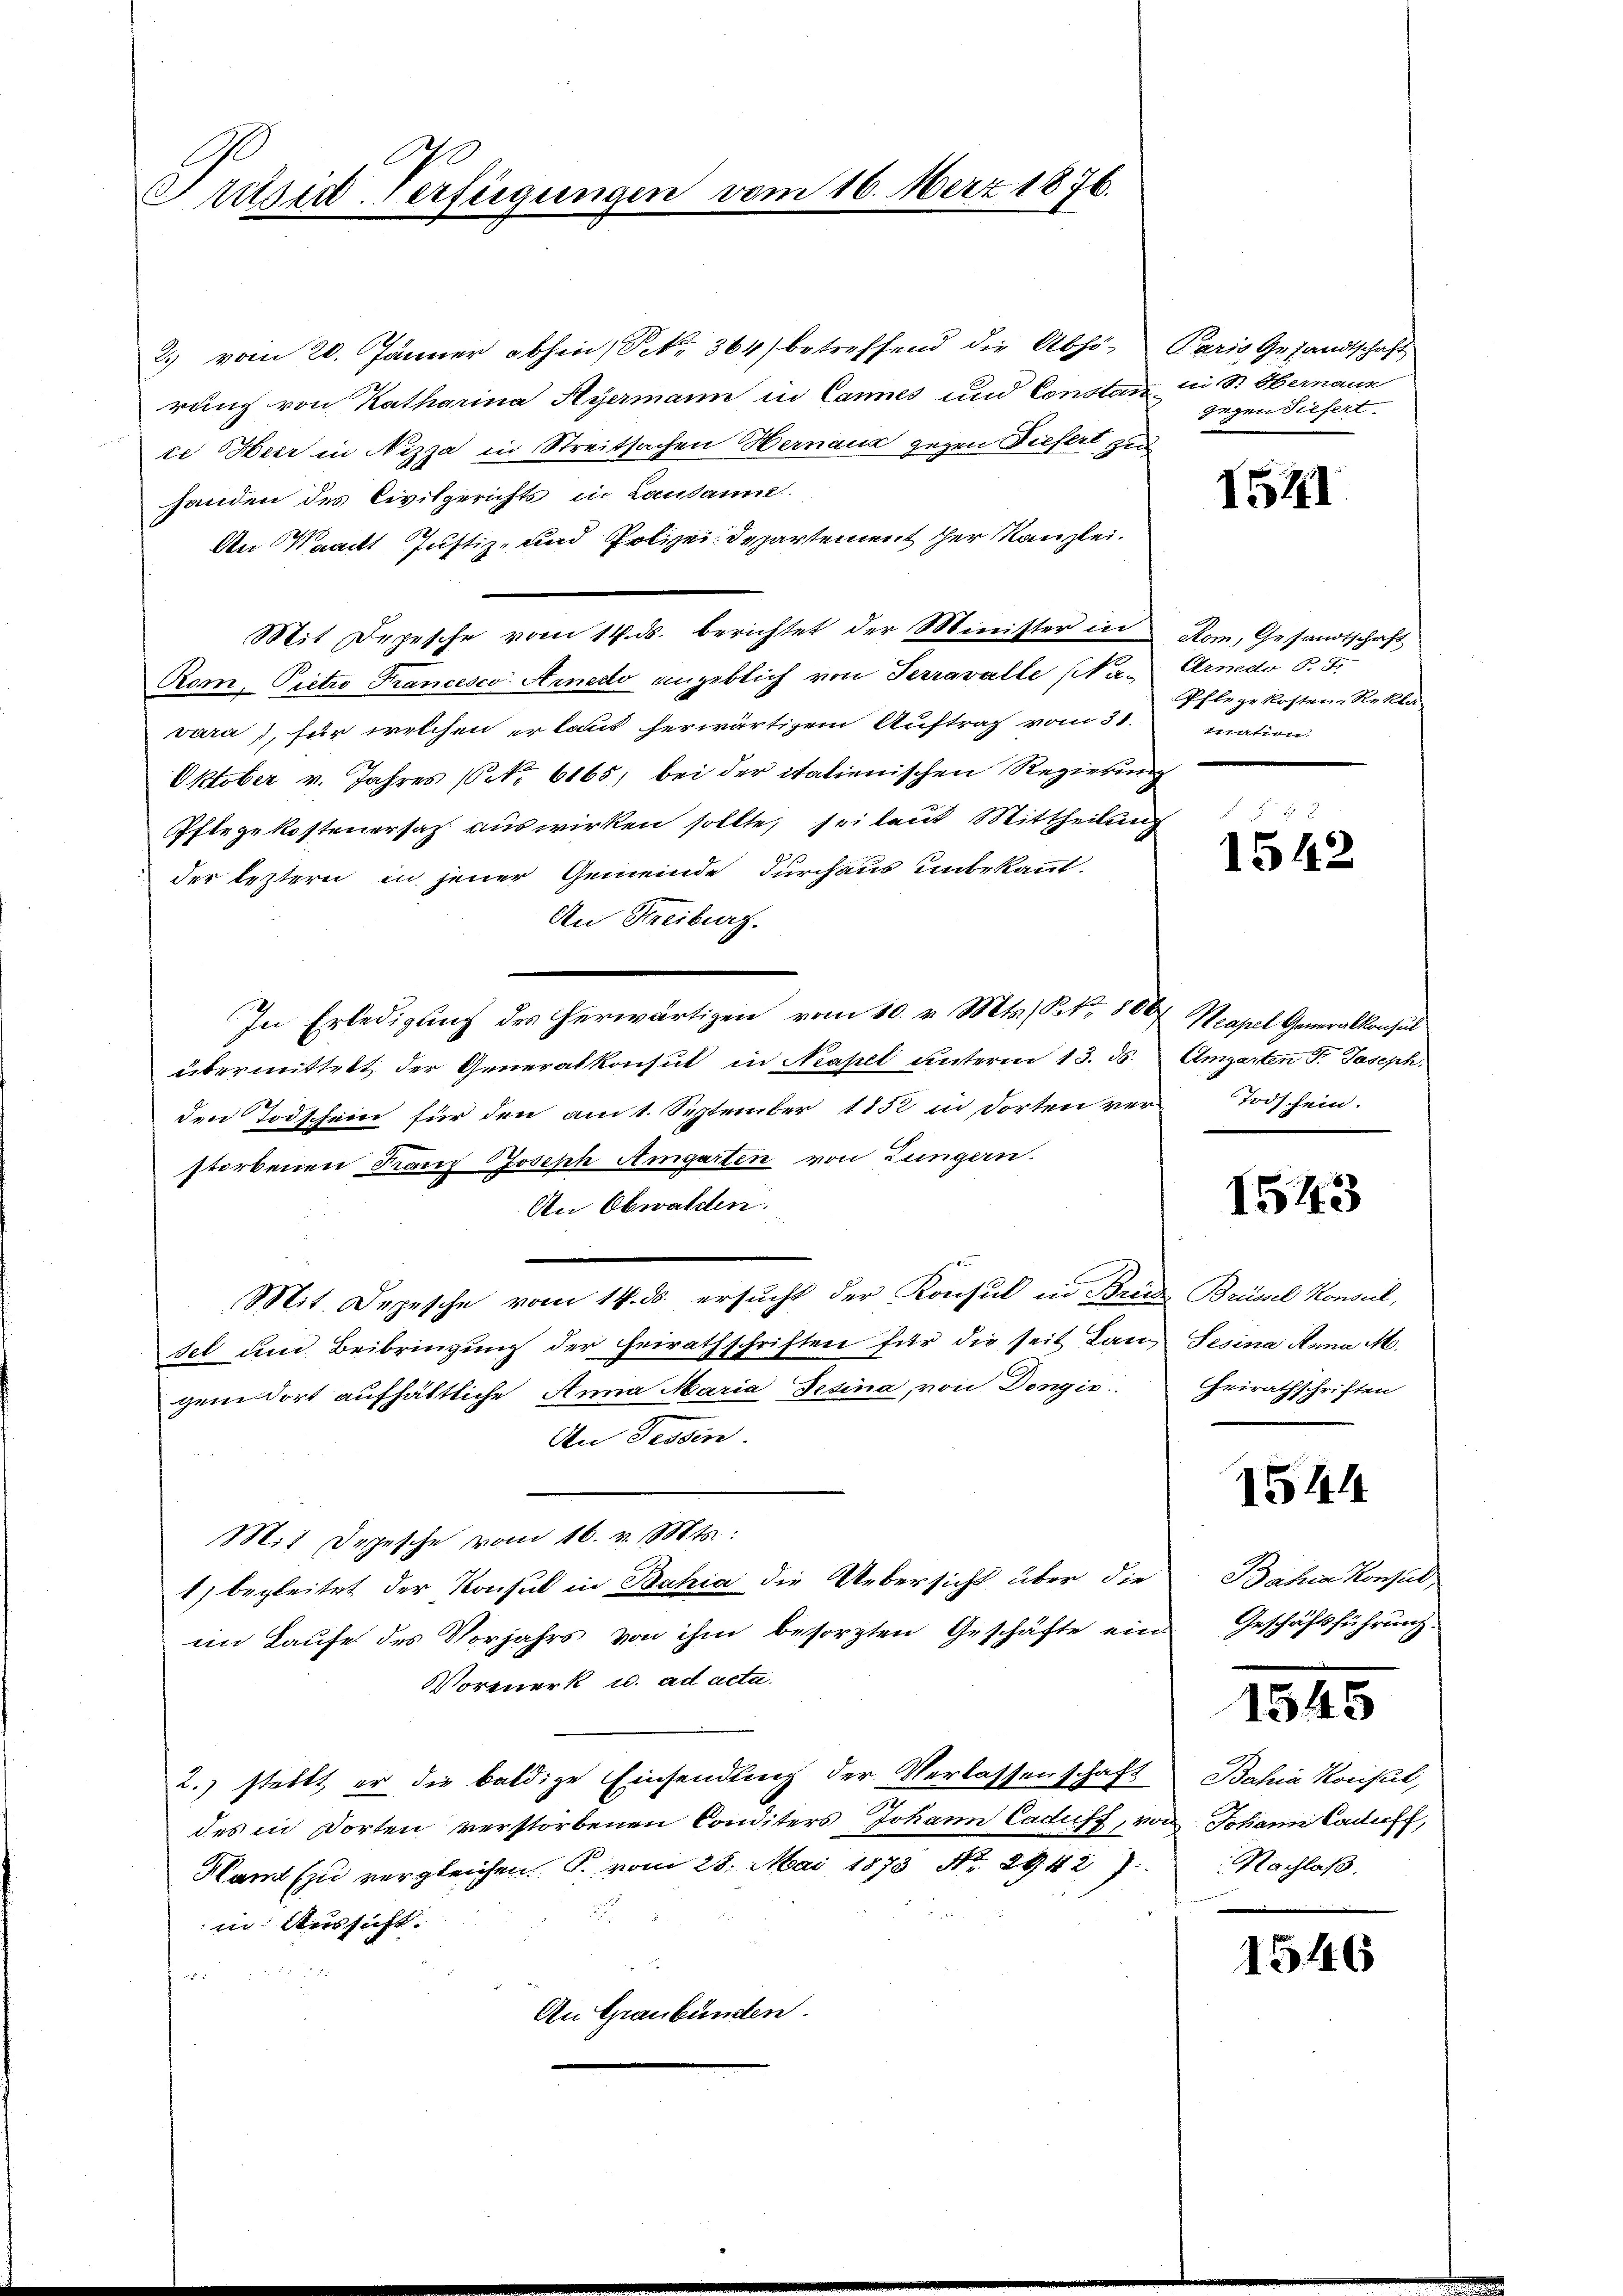
Pretzid-Verfügungen vom 16. März 1876.

2.) vom 20. Jänner abhin, Petr. 364) betreffend die Abhö- Paris Gesandtschaft
rung von Katharina Hyermann in Cannes und Constanz u St. Obernaun
te Heer in Nizza in Streitsachen Hernauz gegen Tiefert zur
handen des Civilgerichts in Lausanne
An Waadt Justiz- und Polizei Departement her Kanzlei.
Mit Depesche vom 14. ds. berichtet der Minister in
Rom, Pietro Francesco Arnedo angeblich von Terravalle (Navara, für welchen erlaut herwärtigem Auftrag vom 31.
Oktober v. Jahres (CNNo. 6165) bei der italienischen Regierung
Pflegekosteuersah auswirken sollte, sei laut Mittheilung
der leztern in jener Gemeinde durchaus unbekannt.
An Streiburg.
In Erledigung des herwärtigen vom 10. v. Mts. Sekr. 800 Neapel Generalkonsul
übermittelt der Generalkonsul in Kapel unterm 13. ds.
den Todschein für den am 1. September 1852 in dorten ver-
storbenen Kauf Joseph Amgarten von Zungern.
An Obwalden.
Mit. Depesche vom 14. ds. ersucht der Konsul in Brid Brüssel Konsul,
sel um Beibringŭng der Frirathschriften für die seit Lan, Sesina Anna M.
gem dort aufhältliche Anna Maria Fesina, von Dongis
An Tessin.
Mit Depesche vom 16. v. Mts.:
1) begleitet der Konsul in Bahia die Uebersicht über die
im Laufe des Vorjahrs von ihm besorgten Geschäfte ein
Worenerk u. ad acta.
2.) stellt er die baldige Einsendung der Verlassenschaft
des in dorten verstorbenen Comiters Johann Caduff, von Johann Caduff,
Namt zu vergleichen S. vom 28. Mai 1873 No 29427
in Aussicht
i

An Graubünden.

gegen Tiefert

I541

Kom, Gesandtschaft
Arnedo P. F.
Pflegekosten Rekla
Ination.

.
1542

Umgarten Fr. Joseph,
Todschein.

1543

Heirathschriften

1544

Bahia Konsul
Geschäftsführung.

1545

Bahia Konsul,
Nachlaß.

1546